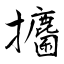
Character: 攟